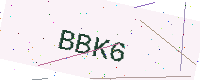
Text: BBK6